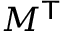
M ^ { \mathsf { T } }